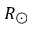
R _ { \odot }